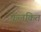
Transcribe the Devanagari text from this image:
फलकित